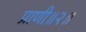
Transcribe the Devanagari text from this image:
प्राणी॥२॥